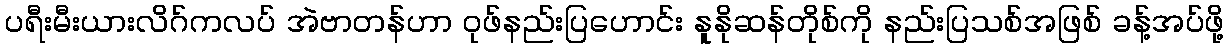
ပရီးမီးယားလိဂ်ကလပ် အဲဗာတန်ဟာ ဝုဖ်နည်းပြဟောင်း နူနိုဆန်တိုစ်ကို နည်းပြသစ်အဖြစ် ခန့်အပ်ဖို့